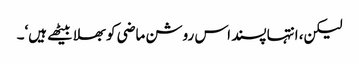
لیکن، انتہا پسند اس روشن ماضی کو بھلا بیٹھے ہیں‘۔